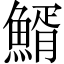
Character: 䱬